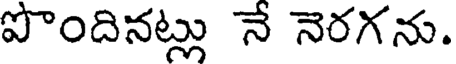
పొందినట్లు నే నెరగను.